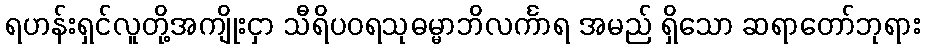
ရဟန်းရှင်လူတို့အကျိုးငှာ သီရိပဝရသုဓမ္မာဘိလင်္ကာရ အမည် ရှိသော ဆရာတော်ဘုရား